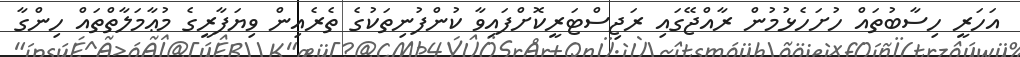
އަހަރީ ހިސާބުތައް ހުށަހެޅުމުން ރާއްޖޭގައި ރަޖިސްޓަރީކޮށްފައިވާ ކުންފުނިތަކުގެ ތެރެއިން ވިޔަފާރީގެ މުޢާމަލާތްތައް ހިންގާ